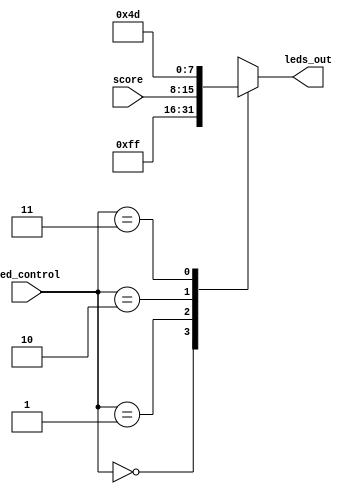
/*
	Authors: Darren Stahl, Hasith Vidanamadura, Robert Nelson
    Date: December 6th 2013
*/

// =======================================================================================
// LED_MUX
//	- Controls the leds_out based on score, and led_control
//----------------------------------------------------------------------------------------
module LED_MUX(led_control, score, leds_out);
	//Input
	input [1:0] led_control;
	input [7:0] score;
	
	//Output
	output reg[7:0]  leds_out;
	
	//Multiplexer
	always@(led_control, score)
		case(led_control)
		0: leds_out= 0;
		1: leds_out = 8'b11111111;
		2: leds_out= score;
		3: leds_out = 8'b01001101;
		default: leds_out = 8'b10100101;
		endcase
endmodule